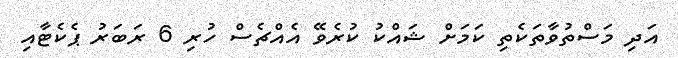
އަދި މަސްތުވާތަކެތި ކަމަށް ޝައްކު ކުރެވޭ އެއްޗެސް ހުރި 6 ރަބަރު ޕެކެޓާއި